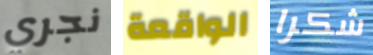
نجري الواقعة شكرا